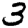
Digit: 3